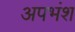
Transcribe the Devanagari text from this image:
अपभंश